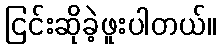
ငြင်းဆိုခဲ့ဖူးပါတယ်။